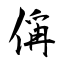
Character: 偁